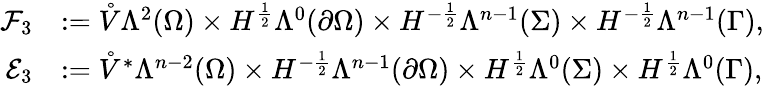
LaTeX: \begin{array}{rl}{\mathcal{F}_{3}}&{:=\mathring{V}\Lambda^{2}(\Omega)\times H^{\frac{1}{2}}\Lambda^{0}(\partial\Omega)\times H^{-\frac{1}{2}}\Lambda^{n-1}(\Sigma)\times H^{-\frac{1}{2}}\Lambda^{n-1}(\Gamma),}\\ {\mathcal{E}_{3}}&{:=\mathring{V}^{\ast}\Lambda^{n-2}(\Omega)\times H^{-\frac{1}{2}}\Lambda^{n-1}(\partial\Omega)\times H^{\frac{1}{2}}\Lambda^{0}(\Sigma)\times H^{\frac{1}{2}}\Lambda^{0}(\Gamma),}\end{array}